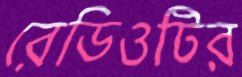
রেডিওটির